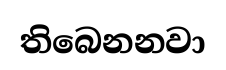
තිබෙනනවා